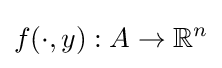
f(\cdot ,y):A\to \mathbb {R} ^{n}